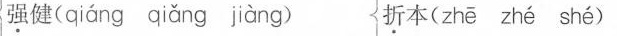
强健( qiáng qiǎng jiàng ) 折本( zhē zhé shé )